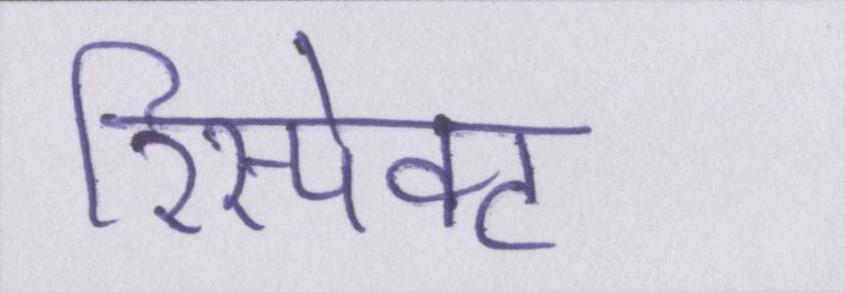
रिस्पेक्ट